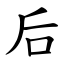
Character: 后